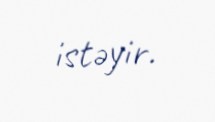
istəyir.